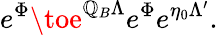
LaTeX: e^{\Phi}\toe^{\mathbb{Q}_{B}\Lambda}e^{\Phi}e^{\eta_{0}\Lambda^{\prime}}.